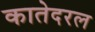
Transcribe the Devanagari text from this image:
कातेदरल